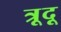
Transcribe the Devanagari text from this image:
त्रूदू